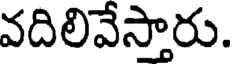
వదిలివేస్తారు.